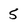
Character: 5